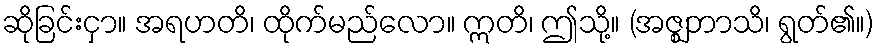
ဆိုခြင်းငှာ။ အရဟတိ၊ ထိုက်မည်လော။ ဣတိ၊ ဤသို့။ (အဇ္ဈဘာသိ၊ ရွတ်၏။)